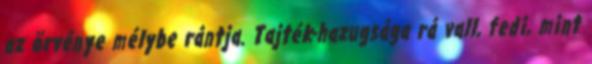
az örvénye mélybe rántja. Tajték-hazugsága rá vall, fedi, mint